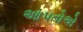
આપતોએ